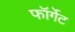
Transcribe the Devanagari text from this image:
फॉर्गेट